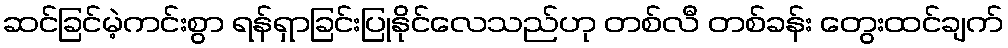
ဆင်ခြင်မဲ့ကင်းစွာ ရန်ရှာခြင်းပြုနိုင်လေသည်ဟု တစ်လီ တစ်ခန်း တွေးထင်ချက်